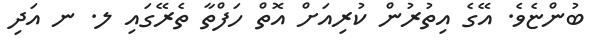
ބުންޏެވެ. އޭގެ އިތުރުން ކުރިއަށް އޮތް ހަފްތާ ތެރޭގައި ލ. ނ އަދި